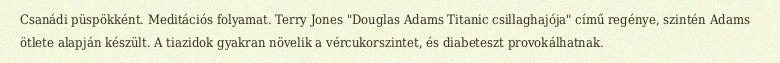
Csanádi püspökként. Meditációs folyamat. Terry Jones "Douglas Adams Titanic csillaghajója" című regénye, szintén Adams ötlete alapján készült. A tiazidok gyakran növelik a vércukorszintet, és diabeteszt provokálhatnak.